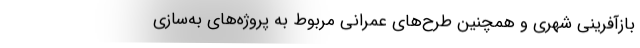
بازآفرینی شهری و همچنین طرح‌های عمرانی مربوط به پروژه‌های به‌سازی